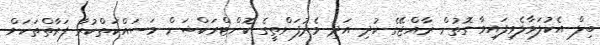
ބިލް އެކުލަވާލެވިފައިވާ ގޮތުން ރާއްޖޭގެ ކުދި އަދި މެދުފަންތީގެ ކޮންޓްރަކްޝަން މަސައްކަތްކުރާ ފަރާތްތަކަށް